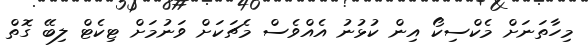
މިހާތަނަށް މެކްސިކޯ އިން ކުޅުނު އެއްވެސް މެޗަކަށް ވަނުމަށް ޓިކެޓް ލިބޭ ގޮތް